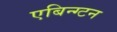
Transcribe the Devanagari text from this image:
एबिन्ग्टन